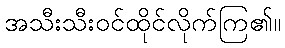
အသီးသီးဝင်ထိုင်လိုက်ကြ၏။